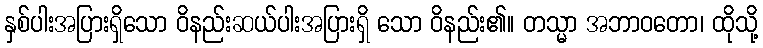
နှစ်ပါးအပြားရှိသော ဝိနည်းဆယ်ပါးအပြားရှိ သော ဝိနည်း၏။ တသ္မာ အဘာဝတော၊ ထိုသို့